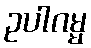
ဥပါဂမ္မ